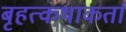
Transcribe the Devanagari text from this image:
बृहत्कथाकर्ता